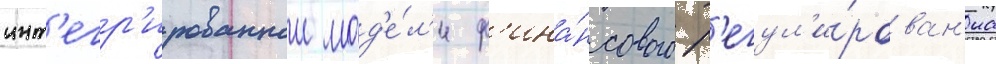
инт'егр'ированнои мод'е́л'и ф'ина́нсового р'егул'и́рован'иа